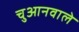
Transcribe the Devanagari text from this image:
चुआनवाले